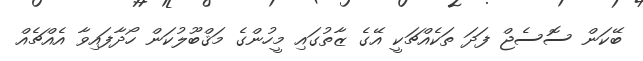
ބޭކަން ސޮސެޖް ފަދަ ތަކެއްޗަކީ އޭގެ ޒާތުގައި މީހުންގެ މަޤްބޫލުކަން ހޯދާފައިވާ އެއްޗެއް